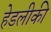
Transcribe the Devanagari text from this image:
हेडलीकी